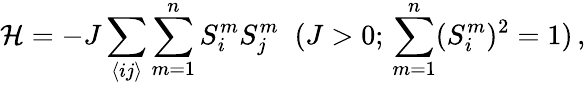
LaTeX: \mathcal{H}=-J\sum_{\langle ij\rangle}\sum_{m=1}^{n}S_{i}^{m}S_{j}^{m}\; \; (J>0;\, \sum_{m=1}^{n}(S_{i}^{m})^{2}=1)\, ,